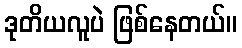
ဒုတိယလူပဲ ဖြစ်နေတယ်။